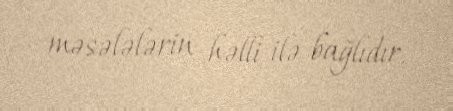
məsələlərin həlli ilə bağlıdır.